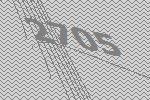
2705